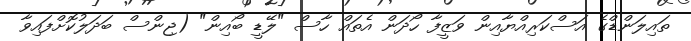
ތައިލަންޑްގެ އަސްކަރިއްޔާއިން ވަޒީފާ ހޯދަން އެތައް ހާސް "ލޭޑީ ބޯއިން" (ޖިންސް ބަދަލުކޮށްފައިވާ